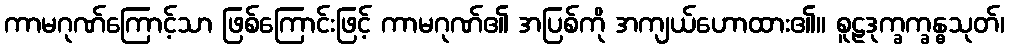
ကာမဂုဏ်ကြောင့်သာ ဖြစ်ကြောင်းဖြင့် ကာမဂုဏ်၏ အပြစ်ကို အကျယ်ဟောထား၏။ စူဠဒုက္ခက္ခန္ဓသုတ်၊